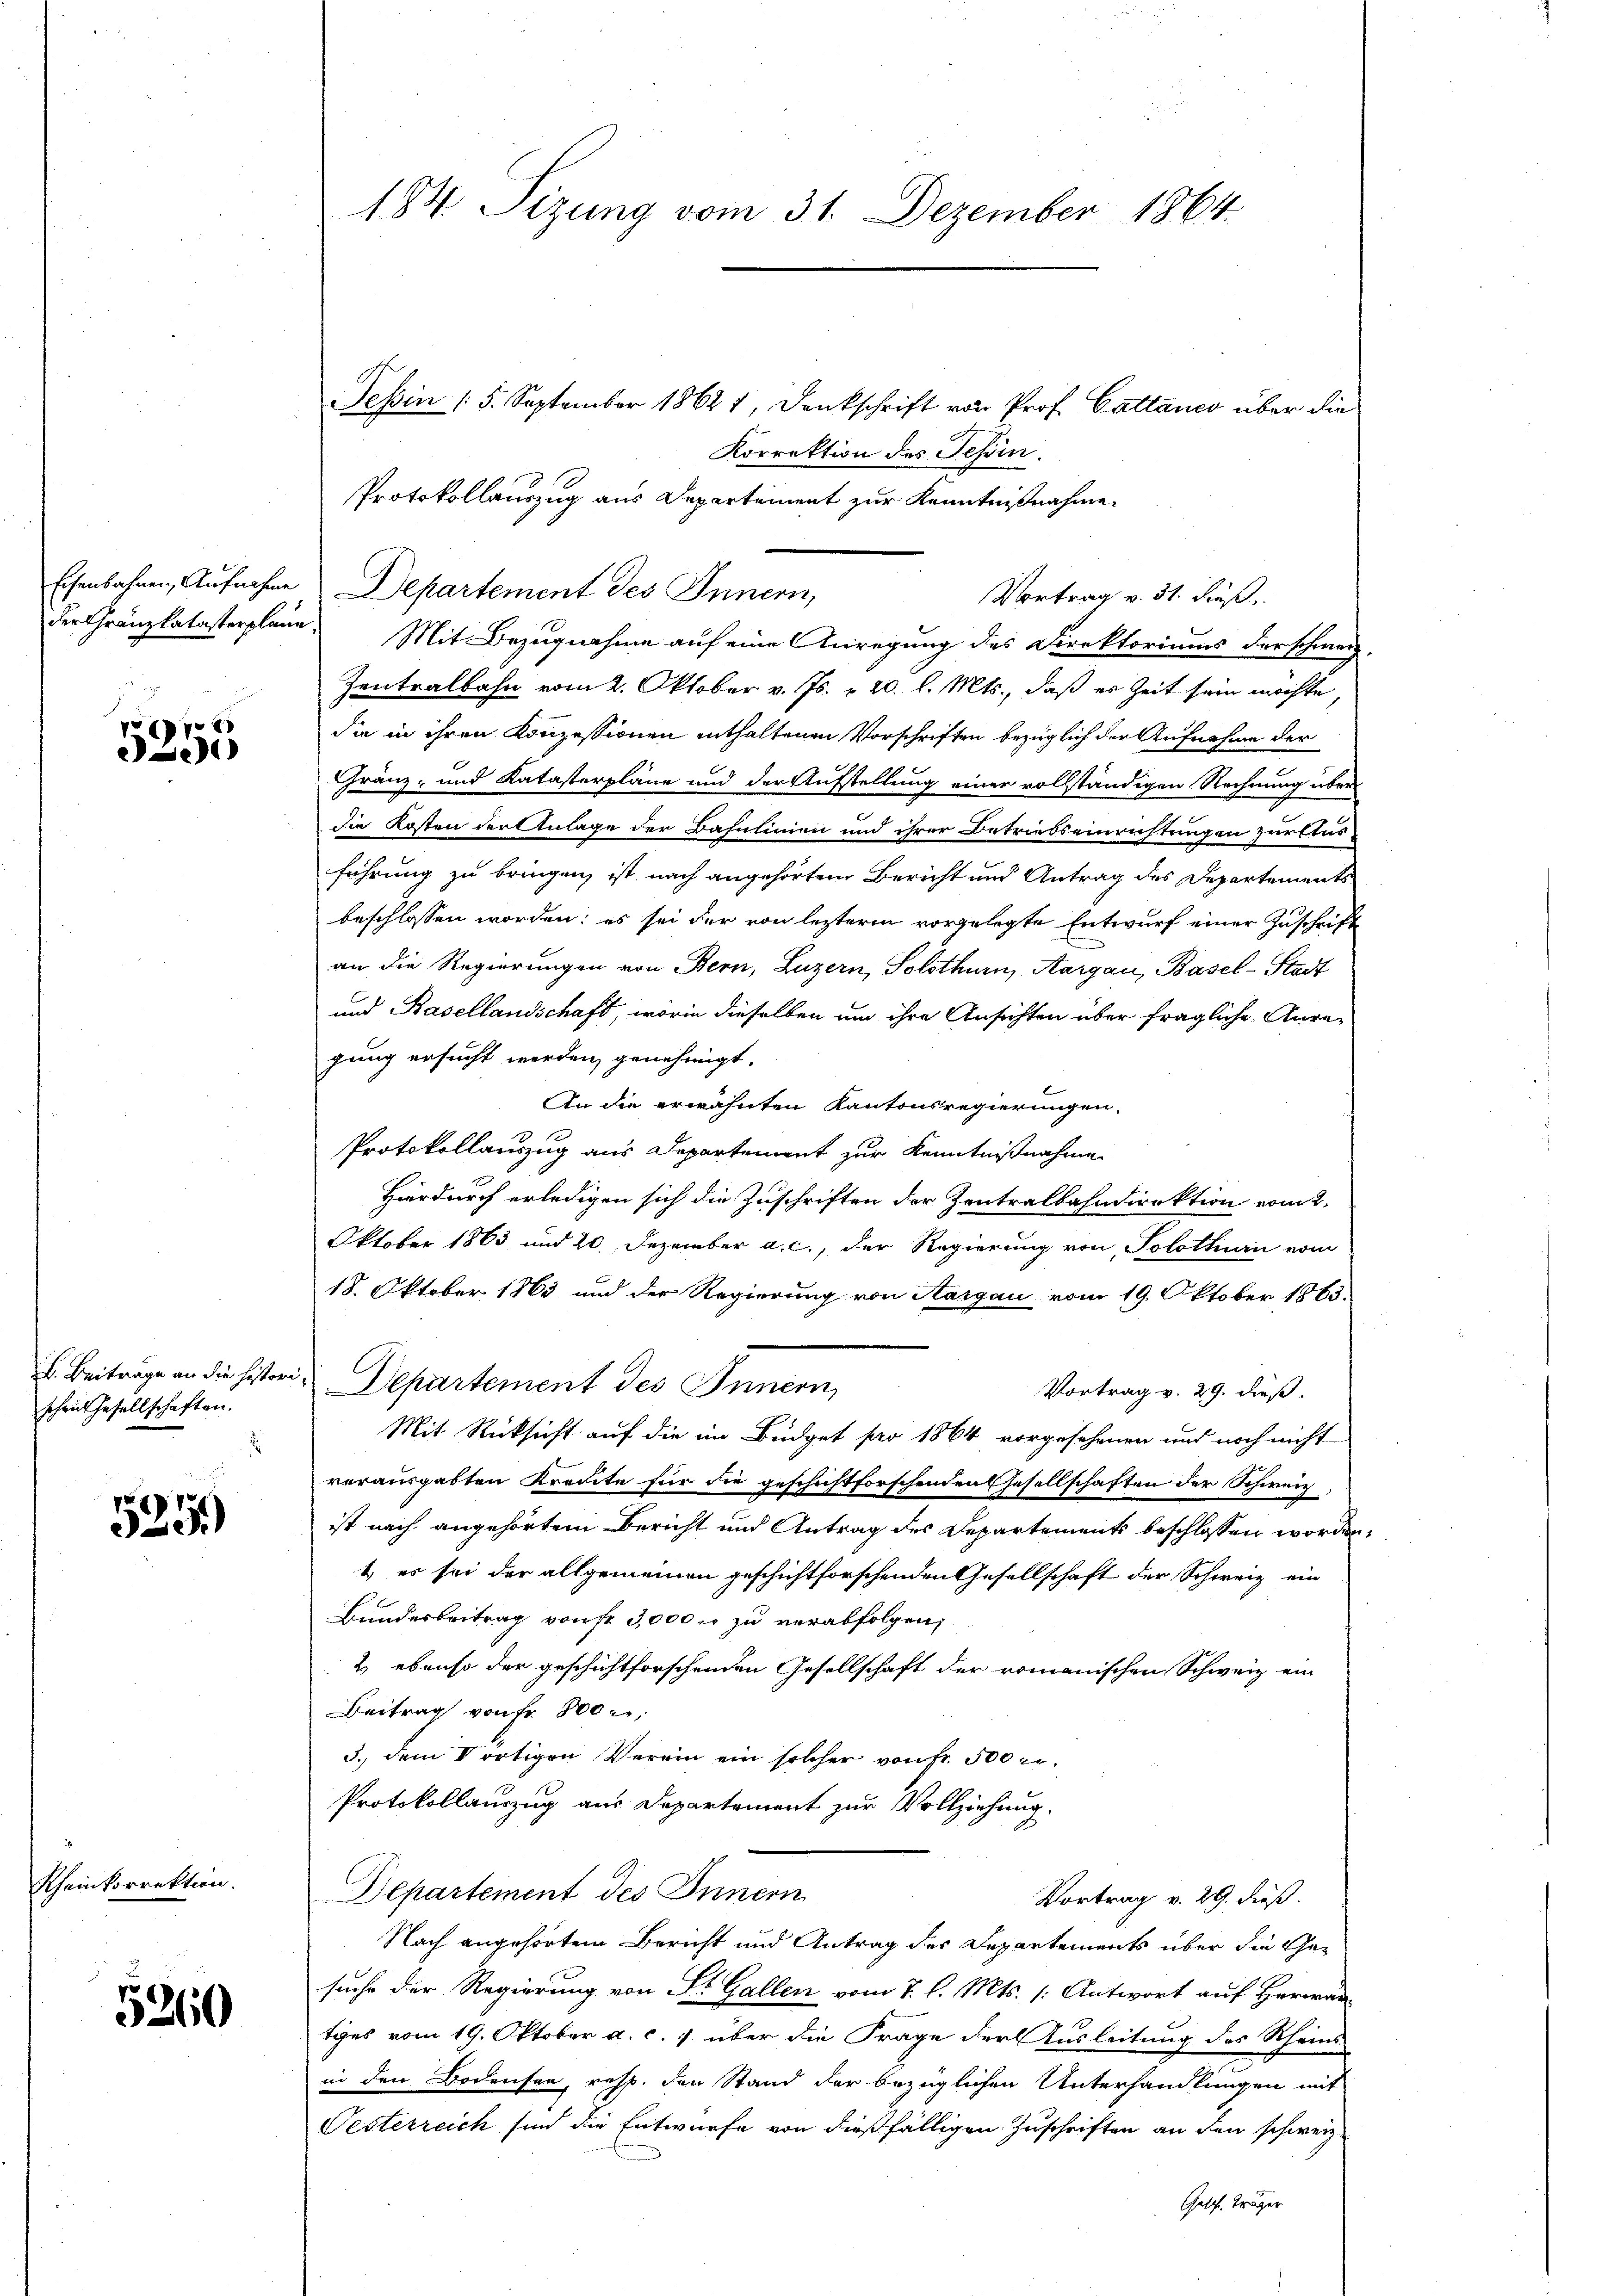
77
ede

B. Beiträge an die histori,
scheit Gesellschaften.
J

pr
329.

Rheinkorrektion.

5260

184 Sizung vom 31. Dezember 1864.

Tessin / 5. September 18621, Dankschrift von Prof. Cattanco über die
Korrektion des Tessin.
Protokollauszug aus Departement zur Kenntnißnahme.
Eisenbahnen, Aufnahme Departement des Innern,
Vortrag v. 31. Fuß.
der Gränzkatasterplane. Mit Bezugnahme auf eine Anregung des Direktoriums der schweiz.
Zentralbahn vom 2. Oktober v. Js. v. 20. l. Mts., daß es Zeit sein möchte,
die in ihren Konzessionen enthaltenen Vorschriften bezüglich der Aufnahme der
Gränz- und Katasterpläne und der Aufstellung einer vollständigen Rechnung überdie Kosten der Anlage der Bahnlinien und ihrer Betriebseinrichtungen zürftes
führung zu bringen, ist nach angehörtem Bericht und Antrag des Departements
beschlossen worden; es sei der von lezteren vorgelegte Entwurf einer Zuschrift
an die Regierungen von Bern, Luzern, Solothurn, Aargau, Basel-Stadt
und Basellandschaft, worin dieselben um ihre Ansichten über fragliche Anregung ersucht werden, genehmigt.
An die erwähnten Kantonsregierungen,
Protokollauszug aus Departement zur Kenntnißnahme
Hardurch erledigen sich die Zuschriften der Zentralbahndirektion vom 2.
Oktober 1863 und 20. Dezember a. c., der Regierung von Solothurn vom
18. Oktober 1863 und der Regierung von Aargau vom 19. Oktober 1863.
Departement des Innern,
Vortrag v. 29. dieß.
Mit Rücksicht auf die im Büdget pro 1864 vorgesehenen und noch nicht
verausgabten Kredite für die geschichtforschenden Gesellschaften der Schweiz
ist nach angehörtem Bericht und Antrag des Departements beschlossen worden,
1) es sei der allgemeinen geschichtforschenden Gesellschaft der Schweiz ein
Bundesbeitrag von fr. 3,000 fr zu verabfolgen;
2 ebenso der geschichtforschenden Gesellschaft der romanischen Schweiz ein
Beitrag von Fr. 800,
3.) dem Vörtigen Verein ein solcher von Fr. 500 r.
Protokollauszug aus Departement zur Vollziehung.
Departement des Innern
Vortrag v. 29. dieß.
Nach angehörtem Bericht und Antrag der Departements über die Gesuche der Regierung von Dr. Gallen vom 7. l. Mts. /: Antwort auf Herwan
iges vom 19. Oktober a. c. über die Frage der Ausleitung des Rheins
in den Bodensee, resp. den Stand der bezüglichen Unterhandlungen mit
Oesterreich sind die Entwurfe von dießfälligen Zuschriften an den schweiz.
Gatis Träger